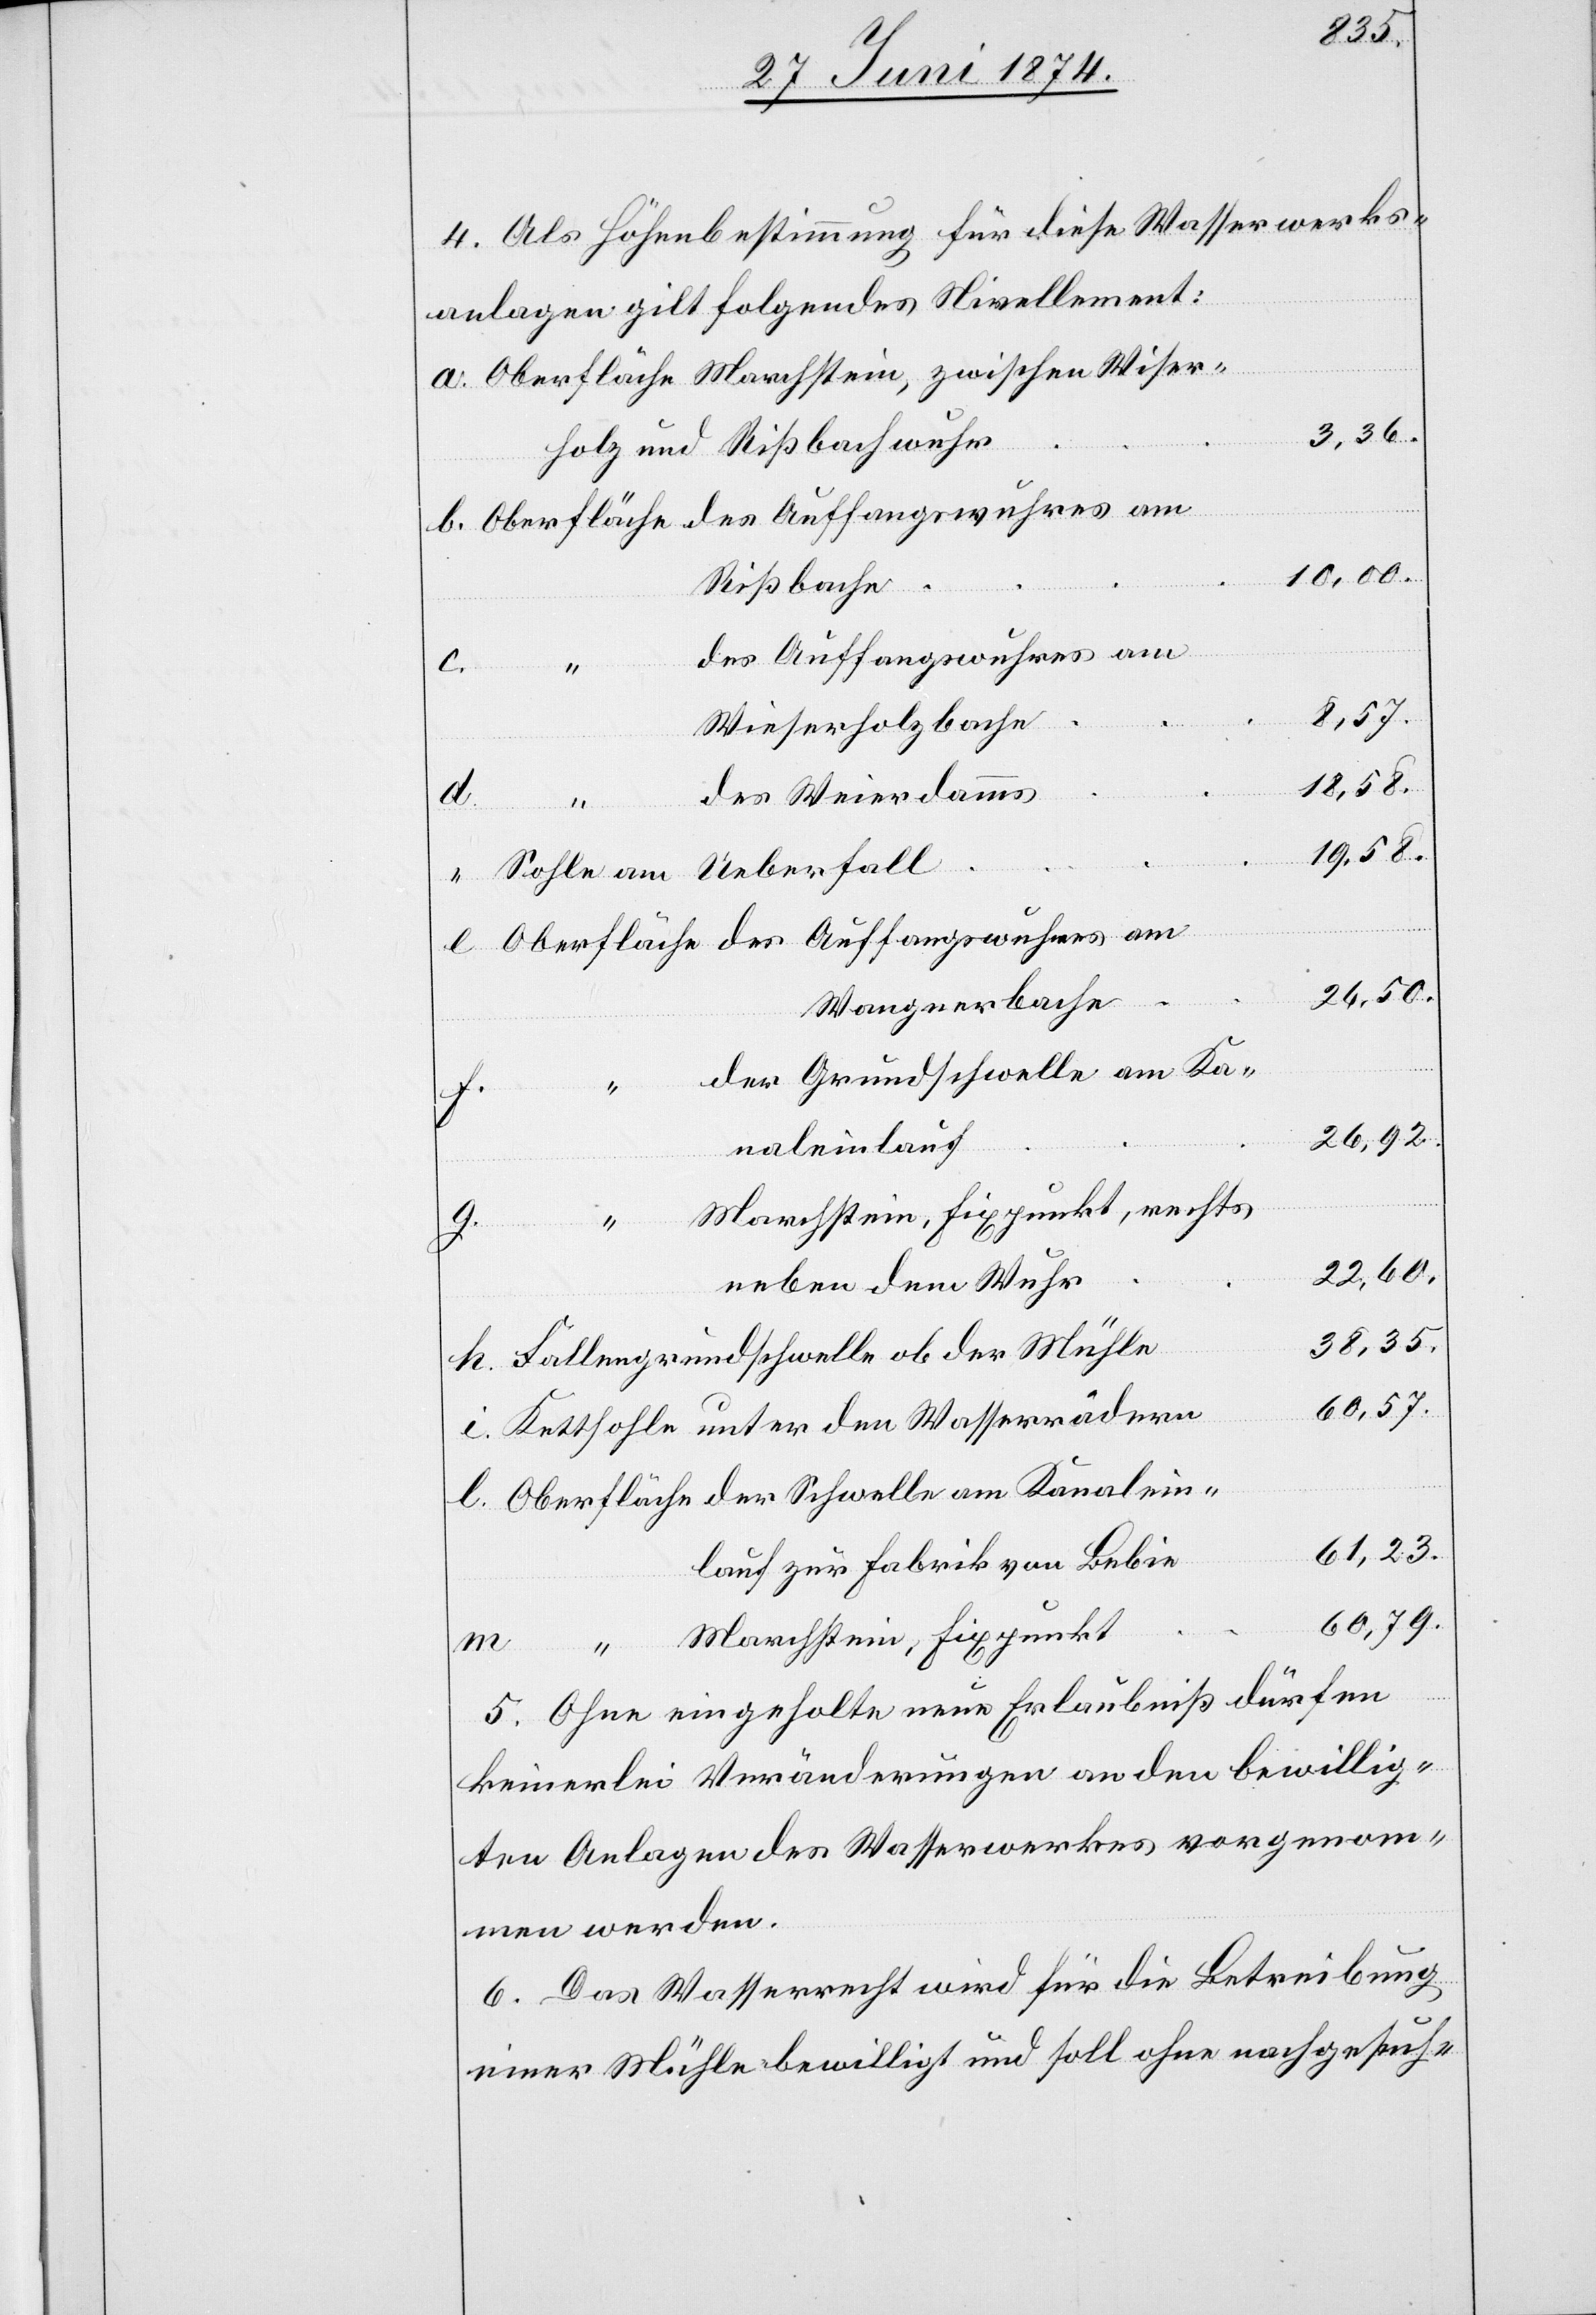
4. Als Höhenbestimmung für diese Wasserwerks¬
anlagen gilt folgendes Nivellement:
holz und Rißbachwuhr
10,00.
Rißbach
des Auffangswuhres am
8,57.
“
m.
Wieserholzbache
18,58.
des Weierdamms
welle am Kanalein¬
der
19,58.
26,50.
Wangnerbache
der Grundschwelle am Ka¬
h.
26,92.
naleinlauf
Marchstein, Fixpunkt, rechts
22,60.
neben dem Wuhr
38,35.
Fallengrundschwelle ob der Mühle
Kettsohle unter den Wasserrädern
61,23.
lauf zur Fabrik von Bebie
60,79.
Marchstein, Fixpunkt
Sch¬
5. Ohne eingeholte neue Erlaubniß dürfen
keinerlei Veränderungen an den bewillig¬
ten Anlagen des Wasserwerkes vorgenom¬
men werden.
6. Das Wasserrecht wird für die Betreibung
einer Mühle bewilligt und soll ohne nachgesuch-